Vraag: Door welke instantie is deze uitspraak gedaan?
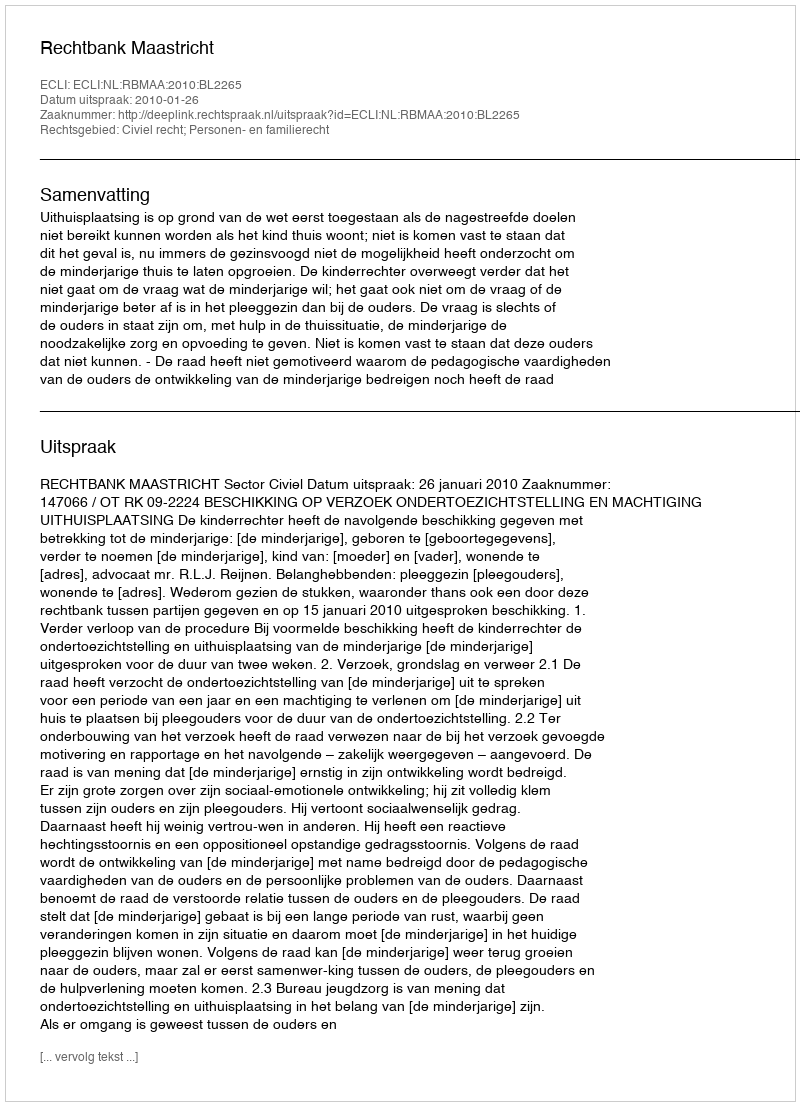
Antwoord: Rechtbank Maastricht